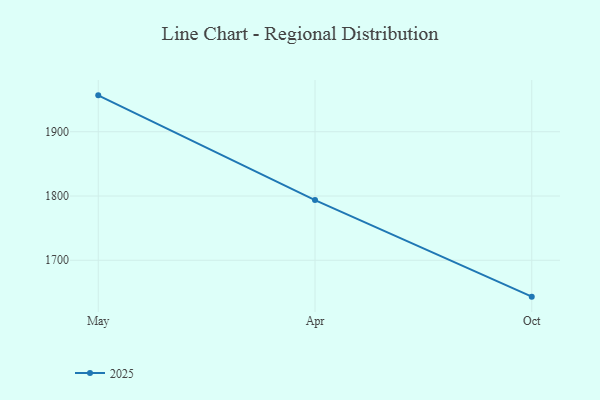
{"axis": {"x": "Month", "y": "Churn Rate (%)"}, "legend": ["2025"], "data": [{"x": "May", "y": 1956.6, "type": "2025"}, {"x": "Apr", "y": 1793.7, "type": "2025"}, {"x": "Oct", "y": 1643.4, "type": "2025"}]}